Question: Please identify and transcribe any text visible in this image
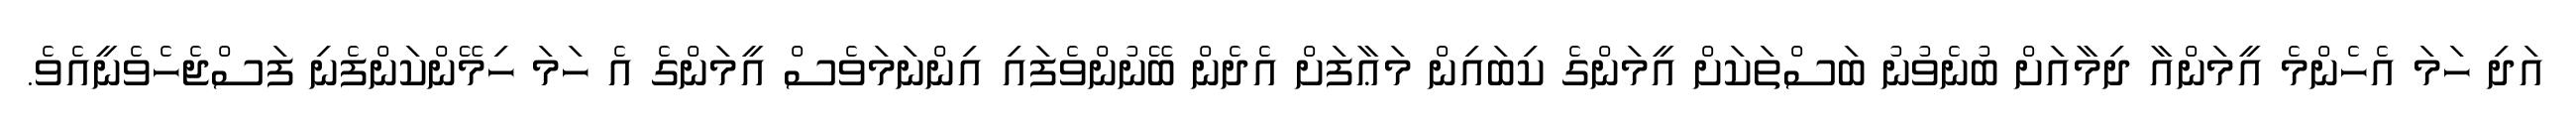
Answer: އަދި ހަމަ އެހެންމެ އީމަންއާ ދިމާއަށް ބުނެވުނު ބަސްތަކަށް އީމަންގެ ކިބައިން މަޢާފަށް އެދެން ބޭނުންވެފައި އިންނަމަވެސް އީމަންގެ އެ ހަމަ ހިމޭންކަންފެނި ފަސްޖެހެވެނީއެވެ.